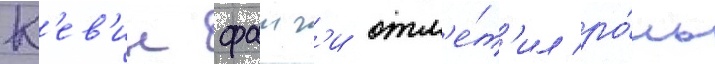
К'ев'ин фаиг'и отм'е́т'ил ро́ль